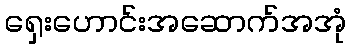
ရှေးဟောင်းအဆောက်အအုံ